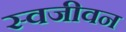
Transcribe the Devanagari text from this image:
स्वजीवन